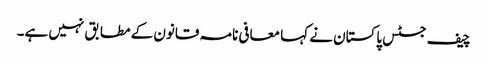
چیف جسٹس پاکستان نے کہا معافی نامہ قانون کے مطابق نہیں ہے۔